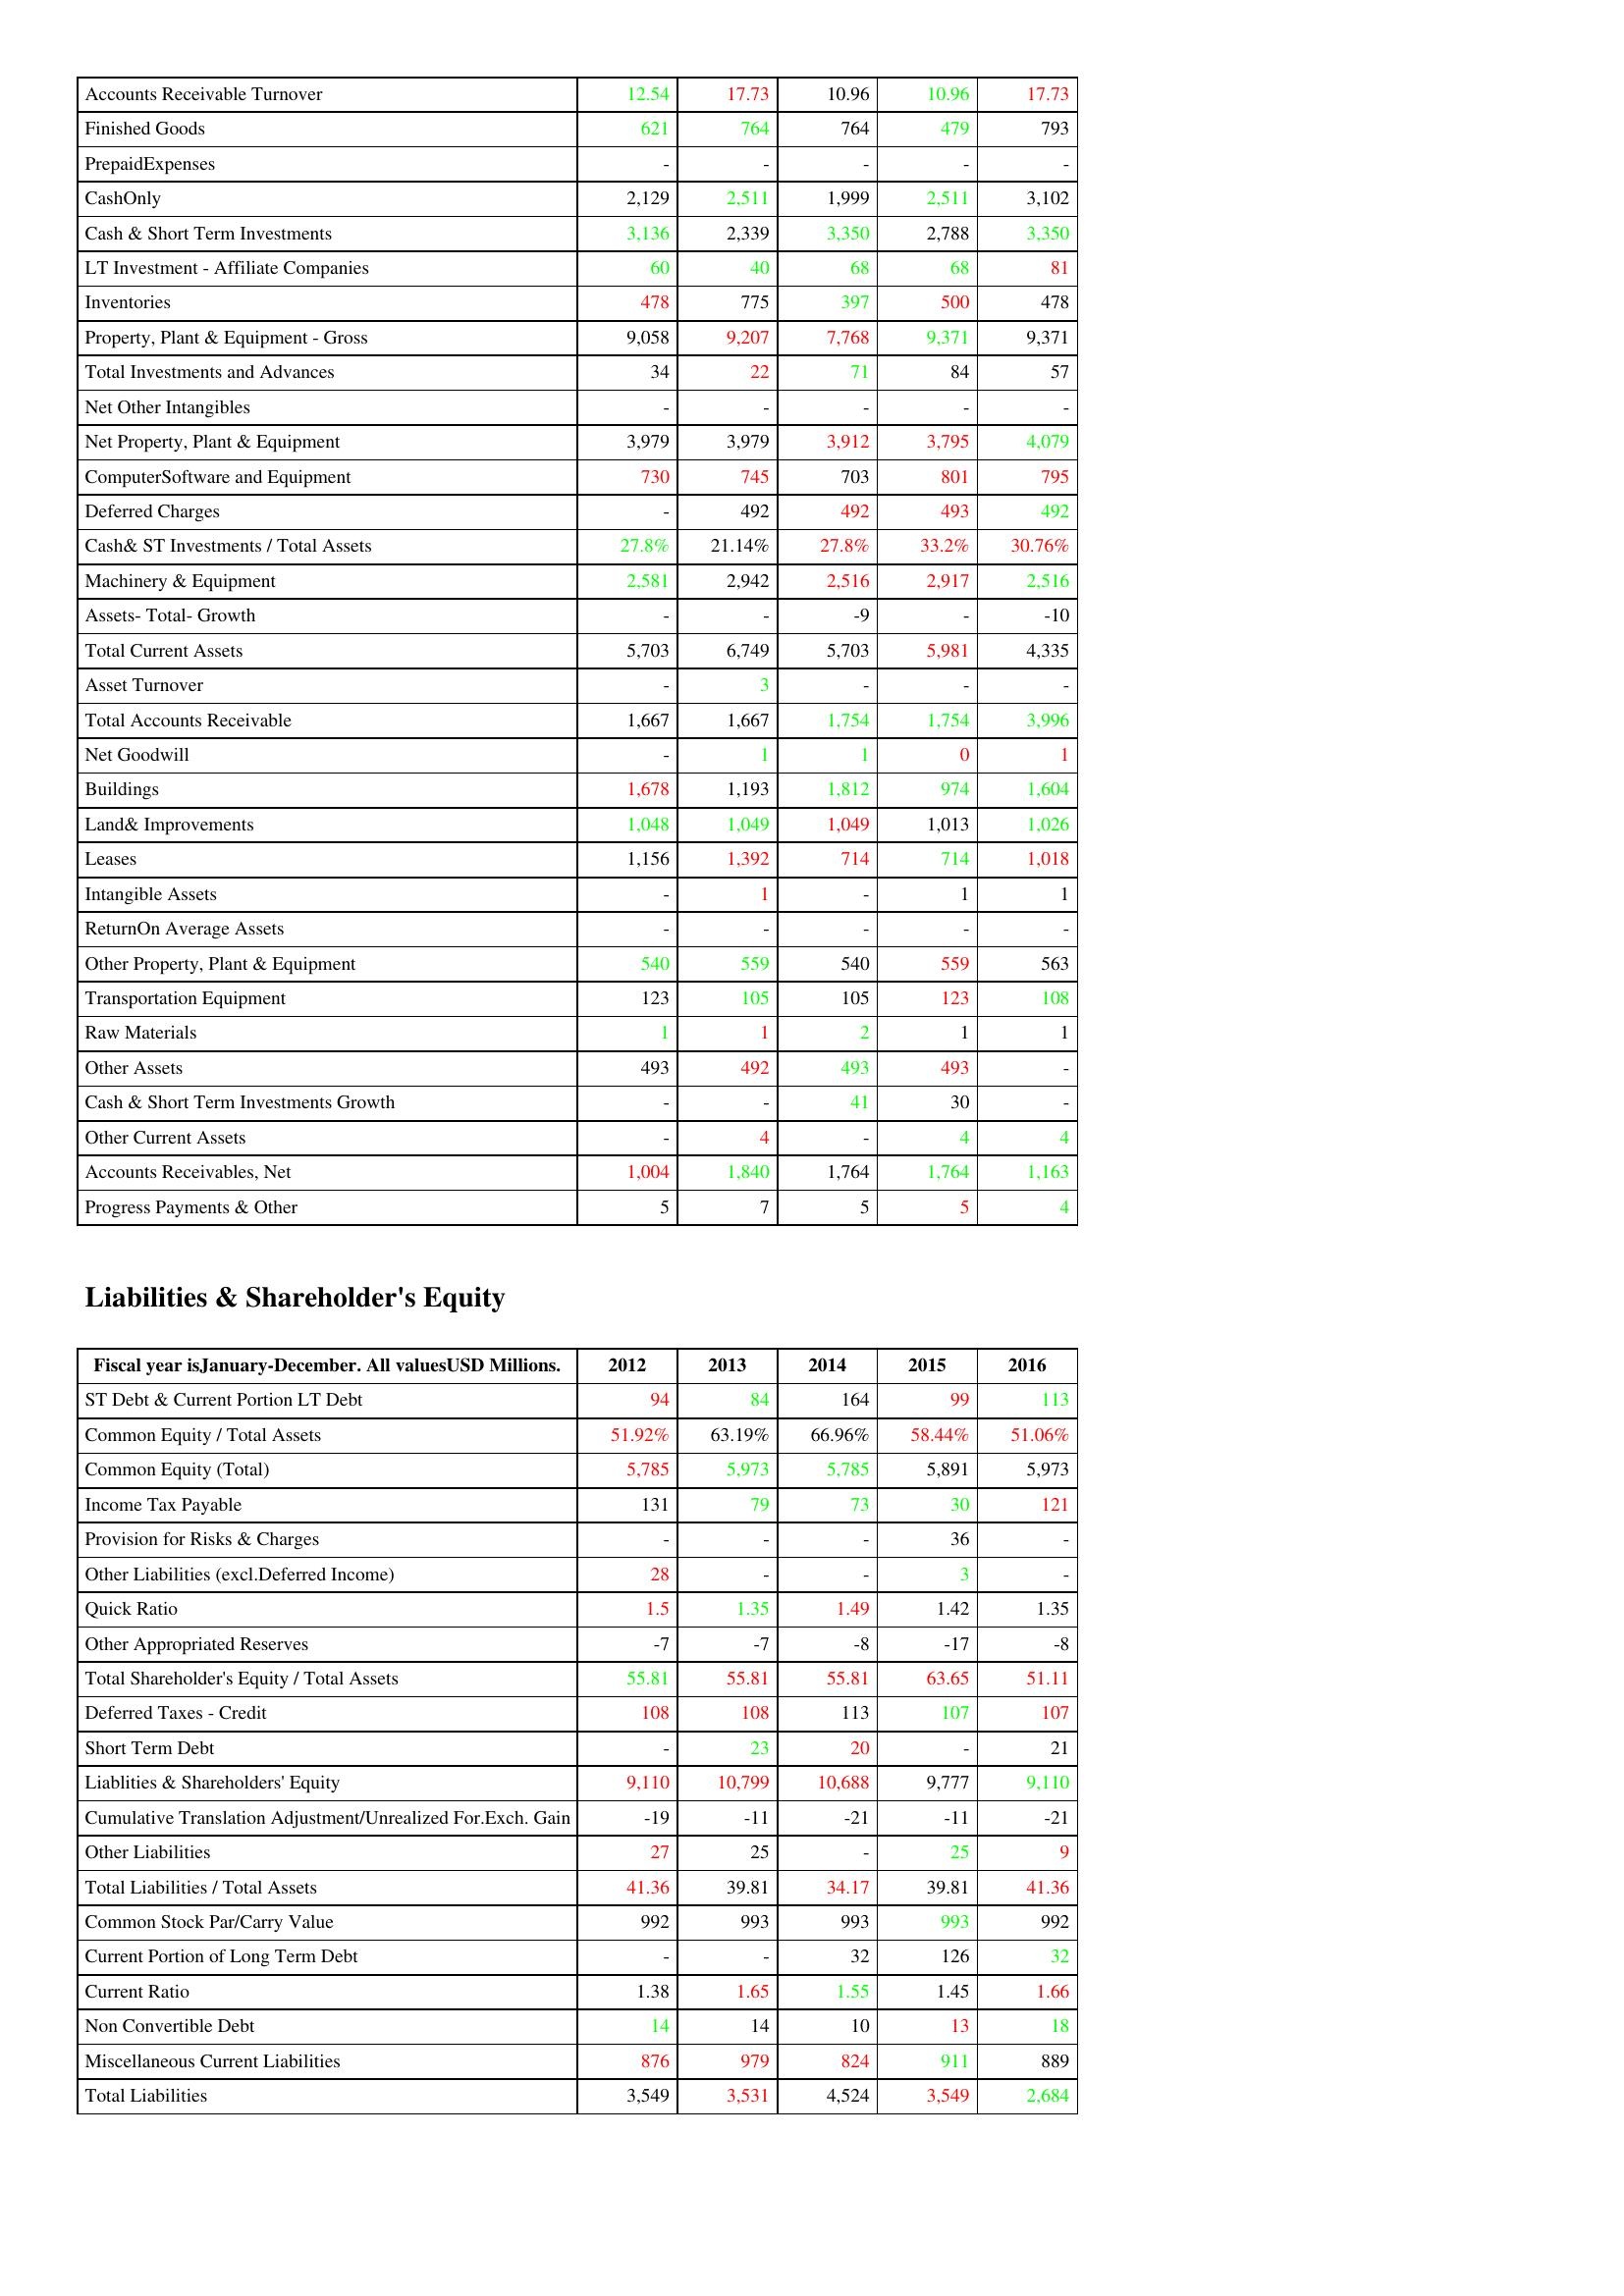
gt_parse: 2012: Assets: Accounts Receivable Turnover: 12.54
Finished Goods: 621
PrepaidExpenses: -
CashOnly: 2,129
Cash & Short Term Investments: 3,136
LT Investment - Affiliate Companies: 60
Inventories: 478
Property, Plant & Equipment - Gross : 9,058
Total Investments and Advances: 34
Net Other Intangibles: -
Net Property, Plant & Equipment: 3,979
ComputerSoftware and Equipment: 730
Deferred Charges: -
Cash& ST Investments / Total Assets: 27.8%
Machinery & Equipment: 2,581
Assets- Total- Growth: -
Total Current Assets: 5,703
Asset Turnover: -
Total Accounts Receivable: 1,667
Net Goodwill: -
Buildings: 1,678
Land& Improvements: 1,048
Leases: 1,156
Intangible Assets: -
ReturnOn Average Assets: -
Other Property, Plant & Equipment: 540
Transportation Equipment: 123
Raw Materials: 1
Other Assets: 493
Cash & Short Term Investments Growth: -
Other Current Assets: -
Accounts Receivables, Net: 1,004
Progress Payments & Other: 5
Liabilities & Shareholder's Equity: ST Debt & Current Portion LT Debt: 94
Common Equity / Total Assets: 51.92%
Common Equity (Total): 5,785
Income Tax Payable: 131
Provision for Risks & Charges: -
Other Liabilities (excl.Deferred Income): 28
Quick Ratio: 1.5
Other Appropriated Reserves: -7
Total Shareholder's Equity / Total Assets: 55.81
Deferred Taxes - Credit: 108
Short Term Debt: -
Liablities & Shareholders' Equity: 9,110
Cumulative Translation Adjustment/Unrealized For.Exch. Gain: -19
Other Liabilities: 27
Total Liabilities / Total Assets: 41.36
Common Stock Par/Carry Value: 992
Current Portion of Long Term Debt: -
Current Ratio: 1.38
Non Convertible Debt: 14
Miscellaneous Current Liabilities: 876
Total Liabilities: 3,549
2013: Assets: Accounts Receivable Turnover: 17.73
Finished Goods: 764
PrepaidExpenses: -
CashOnly: 2,511
Cash & Short Term Investments: 2,339
LT Investment - Affiliate Companies: 40
Inventories: 775
Property, Plant & Equipment - Gross : 9,207
Total Investments and Advances: 22
Net Other Intangibles: -
Net Property, Plant & Equipment: 3,979
ComputerSoftware and Equipment: 745
Deferred Charges: 492
Cash& ST Investments / Total Assets: 21.14%
Machinery & Equipment: 2,942
Assets- Total- Growth: -
Total Current Assets: 6,749
Asset Turnover: 3
Total Accounts Receivable: 1,667
Net Goodwill: 1
Buildings: 1,193
Land& Improvements: 1,049
Leases: 1,392
Intangible Assets: 1
ReturnOn Average Assets: -
Other Property, Plant & Equipment: 559
Transportation Equipment: 105
Raw Materials: 1
Other Assets: 492
Cash & Short Term Investments Growth: -
Other Current Assets: 4
Accounts Receivables, Net: 1,840
Progress Payments & Other: 7
Liabilities & Shareholder's Equity: ST Debt & Current Portion LT Debt: 84
Common Equity / Total Assets: 63.19%
Common Equity (Total): 5,973
Income Tax Payable: 79
Provision for Risks & Charges: -
Other Liabilities (excl.Deferred Income): -
Quick Ratio: 1.35
Other Appropriated Reserves: -7
Total Shareholder's Equity / Total Assets: 55.81
Deferred Taxes - Credit: 108
Short Term Debt: 23
Liablities & Shareholders' Equity: 10,799
Cumulative Translation Adjustment/Unrealized For.Exch. Gain: -11
Other Liabilities: 25
Total Liabilities / Total Assets: 39.81
Common Stock Par/Carry Value: 993
Current Portion of Long Term Debt: -
Current Ratio: 1.65
Non Convertible Debt: 14
Miscellaneous Current Liabilities: 979
Total Liabilities: 3,531
2014: Assets: Accounts Receivable Turnover: 10.96
Finished Goods: 764
PrepaidExpenses: -
CashOnly: 1,999
Cash & Short Term Investments: 3,350
LT Investment - Affiliate Companies: 68
Inventories: 397
Property, Plant & Equipment - Gross : 7,768
Total Investments and Advances: 71
Net Other Intangibles: -
Net Property, Plant & Equipment: 3,912
ComputerSoftware and Equipment: 703
Deferred Charges: 492
Cash& ST Investments / Total Assets: 27.8%
Machinery & Equipment: 2,516
Assets- Total- Growth: -9
Total Current Assets: 5,703
Asset Turnover: -
Total Accounts Receivable: 1,754
Net Goodwill: 1
Buildings: 1,812
Land& Improvements: 1,049
Leases: 714
Intangible Assets: -
ReturnOn Average Assets: -
Other Property, Plant & Equipment: 540
Transportation Equipment: 105
Raw Materials: 2
Other Assets: 493
Cash & Short Term Investments Growth: 41
Other Current Assets: -
Accounts Receivables, Net: 1,764
Progress Payments & Other: 5
Liabilities & Shareholder's Equity: ST Debt & Current Portion LT Debt: 164
Common Equity / Total Assets: 66.96%
Common Equity (Total): 5,785
Income Tax Payable: 73
Provision for Risks & Charges: -
Other Liabilities (excl.Deferred Income): -
Quick Ratio: 1.49
Other Appropriated Reserves: -8
Total Shareholder's Equity / Total Assets: 55.81
Deferred Taxes - Credit: 113
Short Term Debt: 20
Liablities & Shareholders' Equity: 10,688
Cumulative Translation Adjustment/Unrealized For.Exch. Gain: -21
Other Liabilities: -
Total Liabilities / Total Assets: 34.17
Common Stock Par/Carry Value: 993
Current Portion of Long Term Debt: 32
Current Ratio: 1.55
Non Convertible Debt: 10
Miscellaneous Current Liabilities: 824
Total Liabilities: 4,524
2015: Assets: Accounts Receivable Turnover: 10.96
Finished Goods: 479
PrepaidExpenses: -
CashOnly: 2,511
Cash & Short Term Investments: 2,788
LT Investment - Affiliate Companies: 68
Inventories: 500
Property, Plant & Equipment - Gross : 9,371
Total Investments and Advances: 84
Net Other Intangibles: -
Net Property, Plant & Equipment: 3,795
ComputerSoftware and Equipment: 801
Deferred Charges: 493
Cash& ST Investments / Total Assets: 33.2%
Machinery & Equipment: 2,917
Assets- Total- Growth: -
Total Current Assets: 5,981
Asset Turnover: -
Total Accounts Receivable: 1,754
Net Goodwill: 0
Buildings: 974
Land& Improvements: 1,013
Leases: 714
Intangible Assets: 1
ReturnOn Average Assets: -
Other Property, Plant & Equipment: 559
Transportation Equipment: 123
Raw Materials: 1
Other Assets: 493
Cash & Short Term Investments Growth: 30
Other Current Assets: 4
Accounts Receivables, Net: 1,764
Progress Payments & Other: 5
Liabilities & Shareholder's Equity: ST Debt & Current Portion LT Debt: 99
Common Equity / Total Assets: 58.44%
Common Equity (Total): 5,891
Income Tax Payable: 30
Provision for Risks & Charges: 36
Other Liabilities (excl.Deferred Income): 3
Quick Ratio: 1.42
Other Appropriated Reserves: -17
Total Shareholder's Equity / Total Assets: 63.65
Deferred Taxes - Credit: 107
Short Term Debt: -
Liablities & Shareholders' Equity: 9,777
Cumulative Translation Adjustment/Unrealized For.Exch. Gain: -11
Other Liabilities: 25
Total Liabilities / Total Assets: 39.81
Common Stock Par/Carry Value: 993
Current Portion of Long Term Debt: 126
Current Ratio: 1.45
Non Convertible Debt: 13
Miscellaneous Current Liabilities: 911
Total Liabilities: 3,549
2016: Assets: Accounts Receivable Turnover: 17.73
Finished Goods: 793
PrepaidExpenses: -
CashOnly: 3,102
Cash & Short Term Investments: 3,350
LT Investment - Affiliate Companies: 81
Inventories: 478
Property, Plant & Equipment - Gross : 9,371
Total Investments and Advances: 57
Net Other Intangibles: -
Net Property, Plant & Equipment: 4,079
ComputerSoftware and Equipment: 795
Deferred Charges: 492
Cash& ST Investments / Total Assets: 30.76%
Machinery & Equipment: 2,516
Assets- Total- Growth: -10
Total Current Assets: 4,335
Asset Turnover: -
Total Accounts Receivable: 3,996
Net Goodwill: 1
Buildings: 1,604
Land& Improvements: 1,026
Leases: 1,018
Intangible Assets: 1
ReturnOn Average Assets: -
Other Property, Plant & Equipment: 563
Transportation Equipment: 108
Raw Materials: 1
Other Assets: -
Cash & Short Term Investments Growth: -
Other Current Assets: 4
Accounts Receivables, Net: 1,163
Progress Payments & Other: 4
Liabilities & Shareholder's Equity: ST Debt & Current Portion LT Debt: 113
Common Equity / Total Assets: 51.06%
Common Equity (Total): 5,973
Income Tax Payable: 121
Provision for Risks & Charges: -
Other Liabilities (excl.Deferred Income): -
Quick Ratio: 1.35
Other Appropriated Reserves: -8
Total Shareholder's Equity / Total Assets: 51.11
Deferred Taxes - Credit: 107
Short Term Debt: 21
Liablities & Shareholders' Equity: 9,110
Cumulative Translation Adjustment/Unrealized For.Exch. Gain: -21
Other Liabilities: 9
Total Liabilities / Total Assets: 41.36
Common Stock Par/Carry Value: 992
Current Portion of Long Term Debt: 32
Current Ratio: 1.66
Non Convertible Debt: 18
Miscellaneous Current Liabilities: 889
Total Liabilities: 2,684